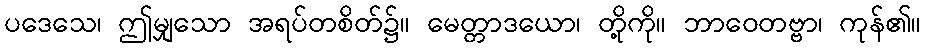
ပဒေသေ၊ ဤမျှသော အရပ်တစိတ်၌။ မေတ္တာဒယော၊ တို့ကို။ ဘာဝေတဗ္ဗာ၊ ကုန်၏။